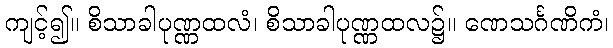
ကျင့်၍။ စိသာခါပုဏ္ဏထလံ၊ စိသာခါပုဏ္ဏထလ၌။ ဏေသင်္ဂဏိကံ၊